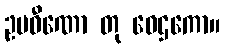
ဥပဝီဏော တု ဝေဌကော။